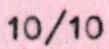
10/10